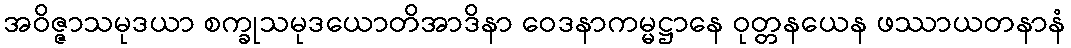
အဝိဇ္ဇာသမုဒယာ စက္ခုသမုဒယောတိအာဒိနာ ဝေဒနာကမ္မဋ္ဌာနေ ဝုတ္တနယေန ဖဿာယတနာနံ